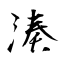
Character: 湊